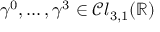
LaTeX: \gamma ^ { 0 } , \ldots , \gamma ^ { 3 } \in { \mathcal { C l } } _ { 3 , 1 } ( \mathbb { R } )